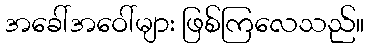
အခေါ်အဝေါ်များ ဖြစ်ကြလေသည်။